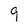
Character: 9